Black-water fever - Number 35
Disease focus: Fever
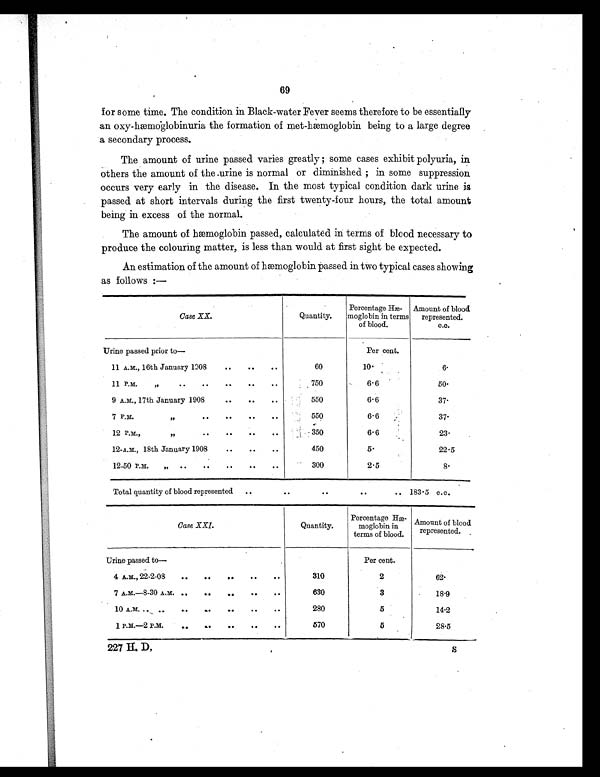
69
for some time. The condition in Black-water Fever seems therefore to be essentially
an oxy-hæmoglobinuria the formation of met-hæmoglobin being to a large degree
a secondary process.
The amount of urine passed varies greatly ; some cases exhibit polyuria, in
Others the amount of the urine is normal or diminished ; in some suppression
occurs very early in the disease. In the most typical condition dark urine is
passed at short intervals during the first twenty-four hours, the total amount
being in excess of the normal.
The amount of hæmoglobin passed, calculated in terms of blood necessary to
produce the colouring matter, is less than would at first sight be expected.
An estimation of the amount of hæmoglobin passed in two typical cases showing
as follows :—
Case XX.
Quantity.
Percentage Hæ-
moglobin in terms
of blood.
Amount of blood
represented.
c.c.
Urine passed prior to—
Per cent.
11 A.M., 16th January 1308
..
.. ..
60
10.
6 .
11 P.M.
,,
. .
..
. .
. .
..
750
6.6
5 0 .
9 A.M., 17th January 1908..
.. ..
550
6.6
37.
7 P.M.
"
..
..
..
..
550
6 6
37.
12 P.M.,
,,
..
..
..
..
350
6.6
2 3 .
12-A.M., 18th January 1908
..
..
..
450
5.
22.5
12-50 P.M.
„
..
..
..
..
300
2.5
8 .
Total quantity of blood represented ..
..
..
..
.. 1 8 3 . 5
c . c .
Case XXI.
Quantity.
Percentage Hæ-
moglobin in
terms of blood.
Amount of blood
represented.
Urine passed to—
Per cent.
4 A.m., 22-2-08
..
..
..
..
..
310
2
62.
7 A.M.-8-30 A.M. ..
.. .. .. ..
630
3
18.9
10 A.M.
..
.
.
..
.
.
..
..
280
5
14.2
1 P.M.—2 P.M.
..
.. .. .. ..
570
5
2 8 . 5
227 H. D, S